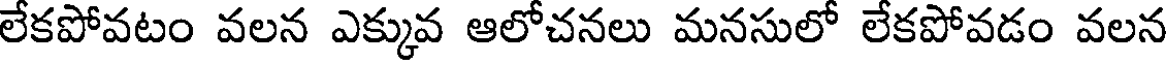
లేకపోవటం వలన ఎక్కువ ఆలోచనలు మనసులో లేకపోవడం వలన